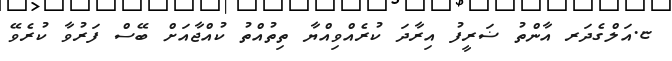
ޏ.އަލްގެދަރ އާންތު ޟަރީފު އިރާދަ ކުރެއްވިއްޔާ ތިތުއްތު ކުއްޖާއަށް ބޭސް ފަރުވާ ކުރެވޭ